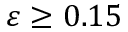
\varepsilon \ge 0 . 1 5